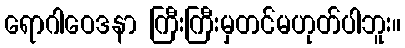
ရောဂါဝေဒနာ ကြီးကြီးမှတင်မဟုတ်ပါဘူး။